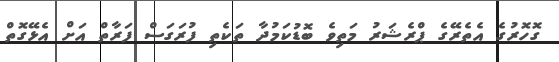
ގޮހޮރުގެ އެތެރޭގެ ޕްރެޝަރު މަތިވެ ބޮޑުކަމުދާ ތަކެތި ފުރަގަސް ފަރާތް އަށް އެޅޭގޮތް